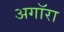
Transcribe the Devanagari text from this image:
अगॉरा